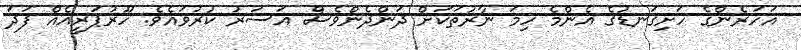
އަހަރެންގެ ހަށިގަނޑުގެ އެންމެ ހިމަ ނާރުތަކަށް ދަންދެންވެސް އަސަރު ކުރުވައެވެ. ހޫރުޕަރީއެއް ފަދަ